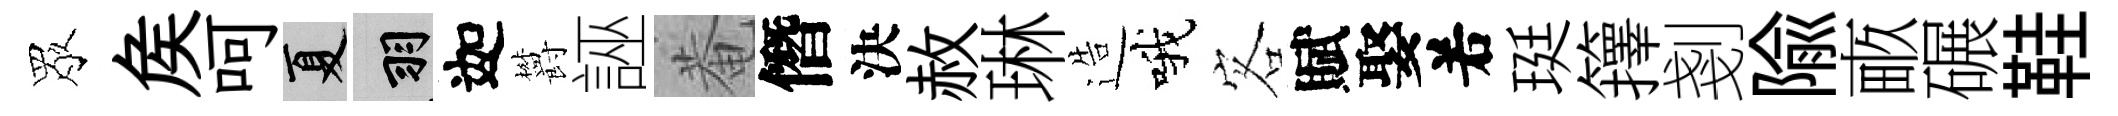
眾矦呵夏羽迦欝誣菴僭決赦琳造哦客賦娶𠰥珽籜剗隃畞碾鞋